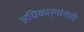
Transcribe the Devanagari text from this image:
अधिकार्‍यांनाही